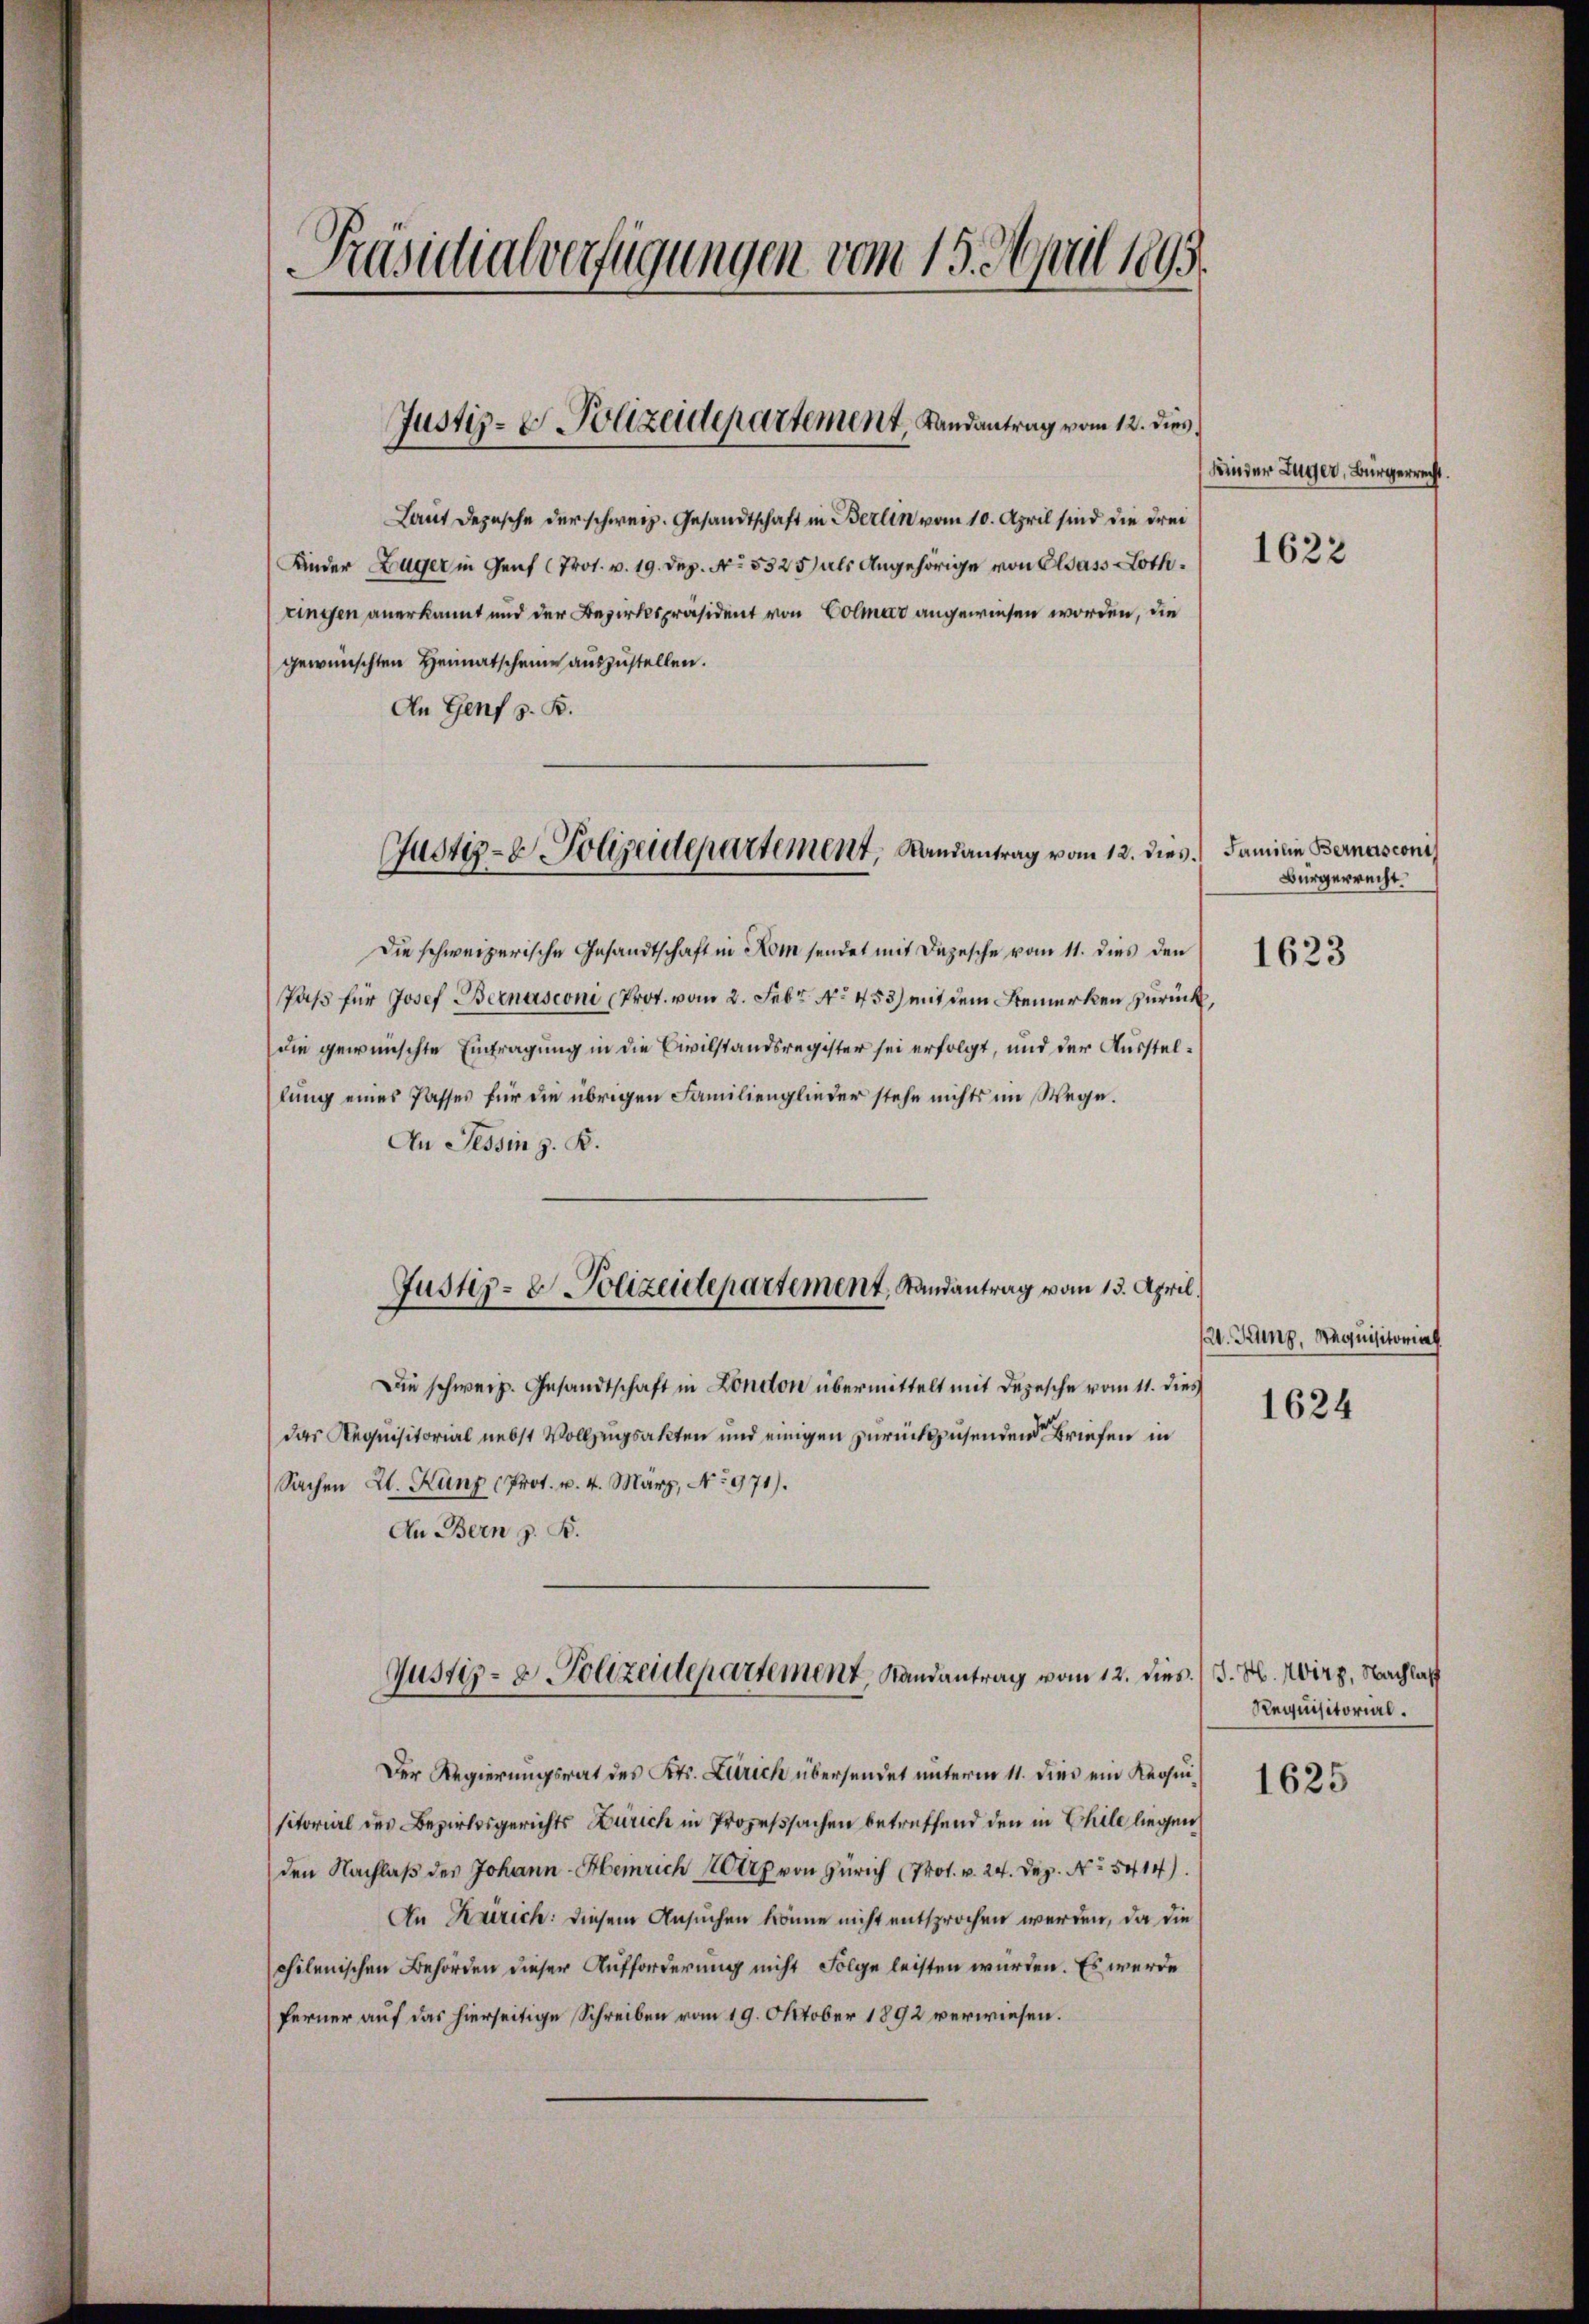
Präsidialverfügungen vom 15. April 1895.

Justiz- & Polizeidepartement, Landantrag vom 12. dies

Laut Depesche der schweiz. Gesandtschaft in Berlin vom 10. April sind die Frei
Kinder Züger in Genf (Prot. v. 19. Dez. No. 5325) als Angehörige von Elsass Lothringen anerkannt und der Bezirkspräsident von Colmar angewiesen worden, die
gewünschten Heimatscheine auszustellen.
An Genf z. B.

Die schweizerische Gesandtschaft in Kom sendet mit Depesche vom 11. dies den
Paß für Josef Bernasconi Prot. vom 2. Febr. No. 453) mit dem Bemerken zurück,
die gewünschte Eintragung in die Civilstandsregister sei erfolgt, und der Ausstellung eines Passes für die übrigen Familienglieder stehe nichts im Wege.
An Tessin z. K.
Die schweiz. Gesandtschaft in London übermittelt mit Depesche vom 11. dies
das Requisitorial nebst Vollzungsakten und einigen zurückzusenden Briefen in
Sachen A. Kunz (Prot. v. 4. März, No 971).
An Bern z. B.
Justiz- & Polizeidepartement, Randantrag vom 12. dies. /. M. Wirz, Nachlass
Der Regierungsrat des Kts. Zürich übersendet unterm 11. dies ein Rosin
sitorial des Bezirksgerichts Zürich in Prozeßsachen betreffend den in Chile liegen
den Nachlaß des Johann-Heinrich Merz von Zürich (Prot. v. 24. Dez. No 5414).
An Knirich: diesem Ansuchen könne nicht entsprochen werden, da die
chilenischen Behörden dieser Aufforderung nicht Folge leisten würden. Es werde
ferner auf das hierseitige Schreiben vom 19. Oktober 1892 verwiesen.

Justiz- Polizeidepartement, Landantrag vom 12. dies Familie Bernasconi

Justiz- & Polizeidepartement, Randantrag vom 15. April.

Kinder Lüger, Bürgerrecht.

1622

Bürgerrecht

1623

2. Kunz, Aequisitorial

1624

Requisitorial.

1625